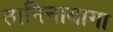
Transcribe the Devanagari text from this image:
तानिनायागा